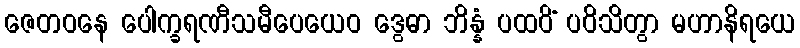
ဇေတဝနေ ပေါက္ခရဏီသမီပေယေဝ ဒွေဓာ ဘိန္နံ ပထဝိံ ပဝိသိတွာ မဟာနိရယေ